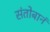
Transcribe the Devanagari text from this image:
संतोबानं